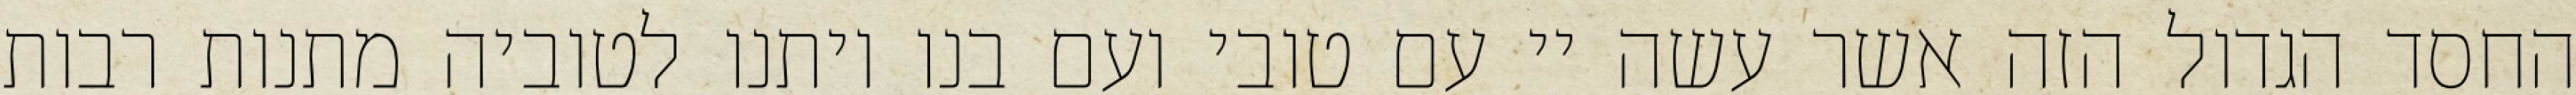
החסד הגדול הזה אשר עשה יי עם טובי ועם בנו ויתנו לטוביה מתנות רבות